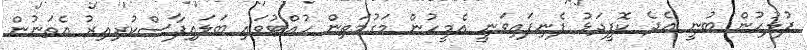
ފުލުހުން ބުނީ އެދެ ކޮފީދަޅު ފެނިފައިވަނީ އެމީހުން މަގުމަތިން ހުއްޓުވައި ބަލައިފާސްކުރިއިރު އެތަނުން